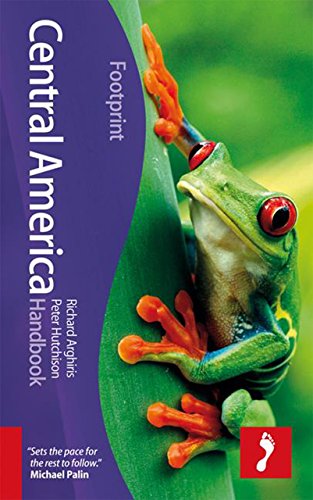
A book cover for Central America (Footprint - Handbooks); Richard Arghiris; Travel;